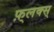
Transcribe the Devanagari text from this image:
फ़्लक्स्